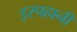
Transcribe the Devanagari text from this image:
इस्पहानी